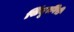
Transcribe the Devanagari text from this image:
सिंदूरगिरी